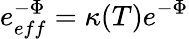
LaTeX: e_{eff}^{-\Phi}=\kappa(T)e^{-\Phi}